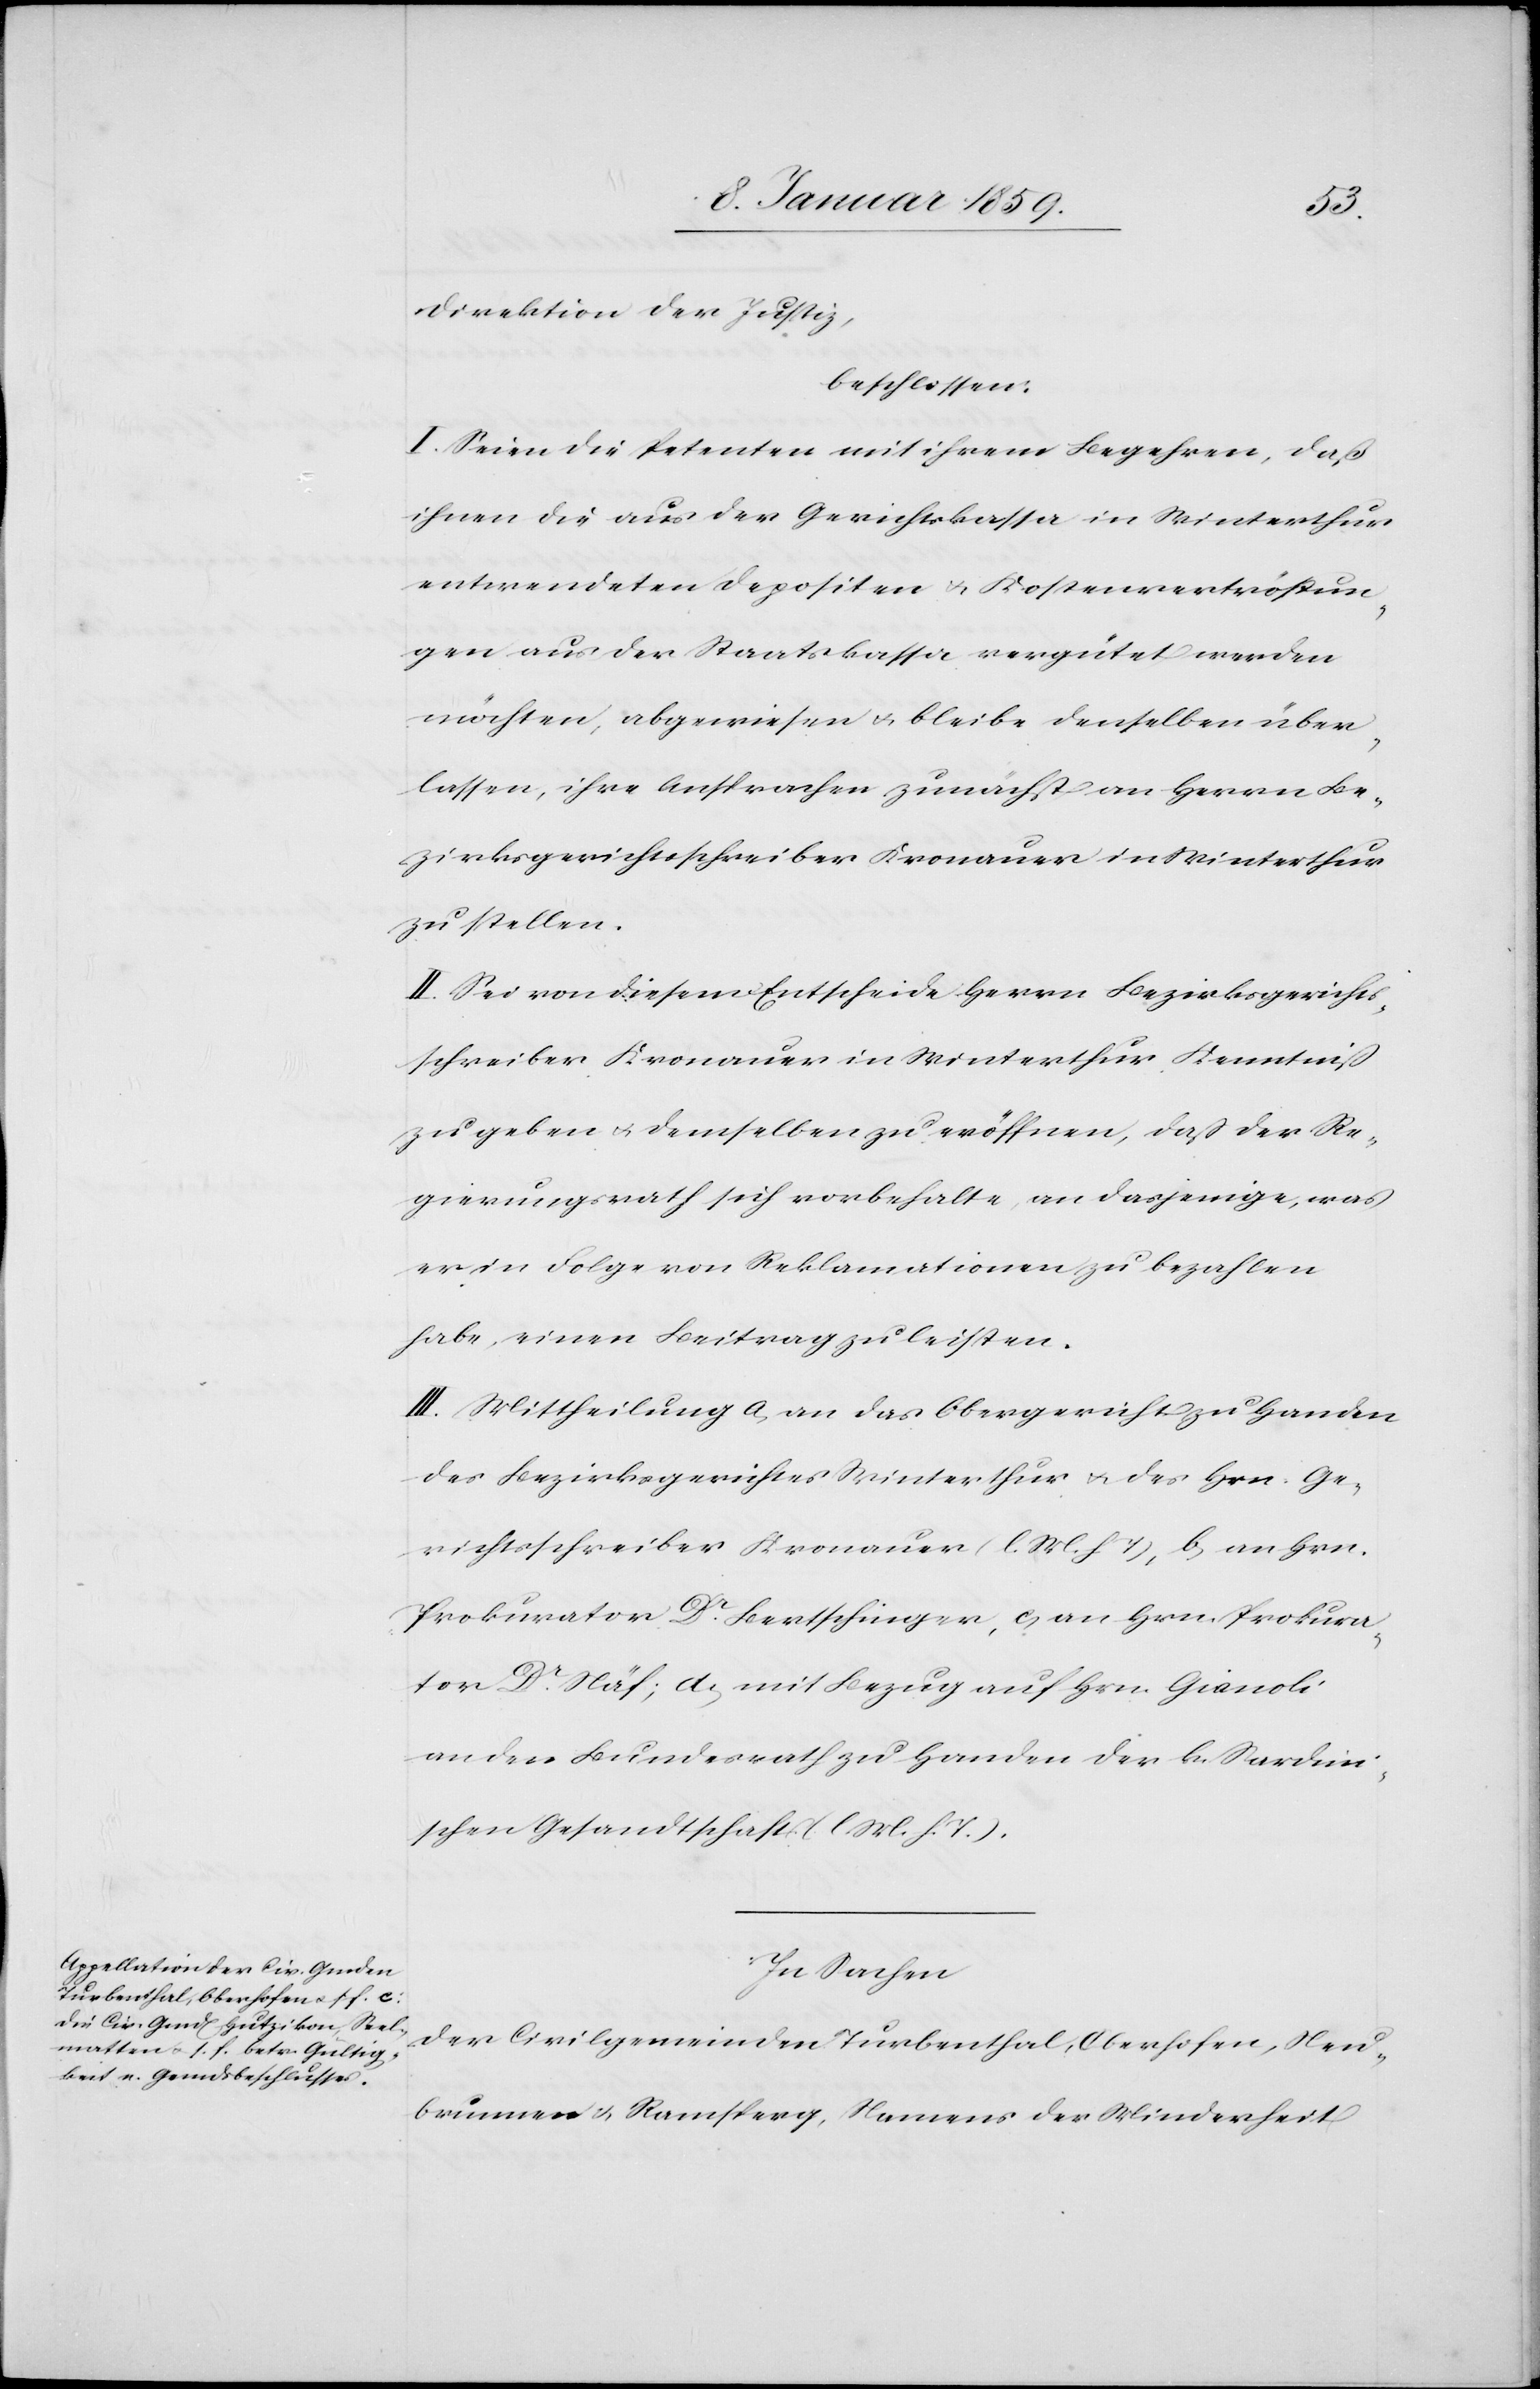
Direktion der Justiz,
beschlossen:
I. Seien die Petenten mit ihrem Begehren, daß
ihnen die aus der Gerichtkassa in Winterthur
entwendeten Depositen u. Kostenvertröstun¬
gen aus der Staatskassa vergütet werden
möchten, abgewiesen u. bleibe denselben über¬
lassen, ihre Ansprachen zunächst an Herrn Be¬
zirksgerichtsschreiber Kronauer in Winterthur
zu stellen.
II. Sei von diesem Entscheide Herrn Bezirksgerichts¬
schreiber Kronauer in Winterthur Kenntniß
zu geben u. demselben zu eröffnen, daß der Re¬
gierungsrath sich vorbehalte, an dasjenige, was
es in Folge von Reklamationen zu bezahlen
habe, einen Beitrag zu leisten.
III. Mittheilung a, an das Obergericht zu Handen
des Bezirksgerichtes Winterthur u. des Hrn. Ge¬
richtsschreiber Kronauer (l. M. h. T), b, an Hrn.
Prokurator Dr. Bertschinger, c, an Hrn. Prokura¬
tor Dr. Näf; d, mit Bezug auf Hrn Gianoli
an den Bundesrath zu Handen der k. Sardini¬
schen Gesandtschaft (l. M. h. T.).
In Sachen
der Civilgemeinden Turbenthal, Oberhofen, Neu¬
brunnen u. Ramsperg, Namens der Minderheit